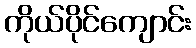
ကိုယ်ပိုင်ကျောင်း